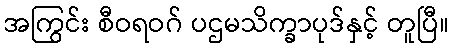
အကြွင်း စီဝရဝဂ် ပဌမသိက္ခာပုဒ်နှင့် တူပြီ။